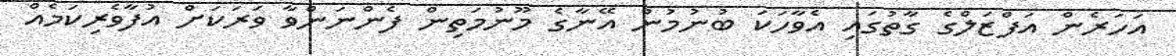
އަހަރެން އަފްޒަލްގެ ގާތުގައި އެވާހަކަ ބުނުމުން އޭނާގެ މޫނުމަތިން ފެންނަންވާ ވަރަކަށް އުފާވެރިކަމެއް